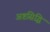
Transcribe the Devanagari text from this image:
अष्टसिद्धि